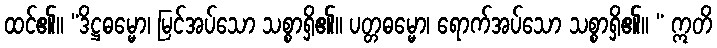
ထင်၏။ “ဒိဋ္ဌဓမ္မော၊ မြင်အပ်သော သစ္စာရှိ၏။ ပတ္တဓမ္မော၊ ရောက်အပ်သော သစ္စာရှိ၏။ “ ဣတိ